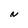
Character: N